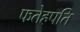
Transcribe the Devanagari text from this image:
फतेहपति